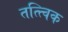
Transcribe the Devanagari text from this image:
तत्त्विक